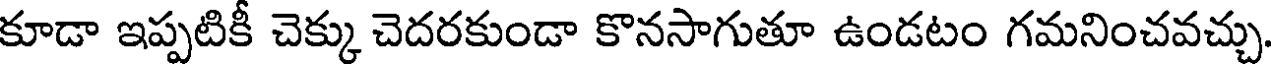
కూడా ఇప్పటికీ చెక్కు చెదరకుండా కొనసాగుతూ ఉండటం గమనించవచ్చు